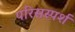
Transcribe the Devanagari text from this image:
परिसस्पर्श